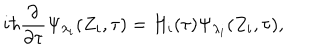
LaTeX: i \hbar \frac \partial { \partial \tau } \Psi _ { \lambda _ { i } } ( Z _ { i } , \tau ) = H _ { i } ( \tau ) \Psi _ { \lambda _ { i } } ( Z _ { i } , \tau ) ,